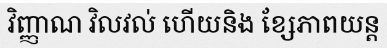
វិញ្ញាណ វិលវល់ ហើយនិង ខ្សែភាពយន្ត